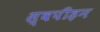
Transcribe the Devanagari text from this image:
स्वपीड़न